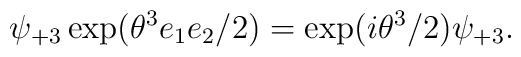
\psi _{+3}\exp (\theta ^{3}e_{1}e_{2}/2)=\exp (i\theta ^{3}/2)\psi _{+3}.